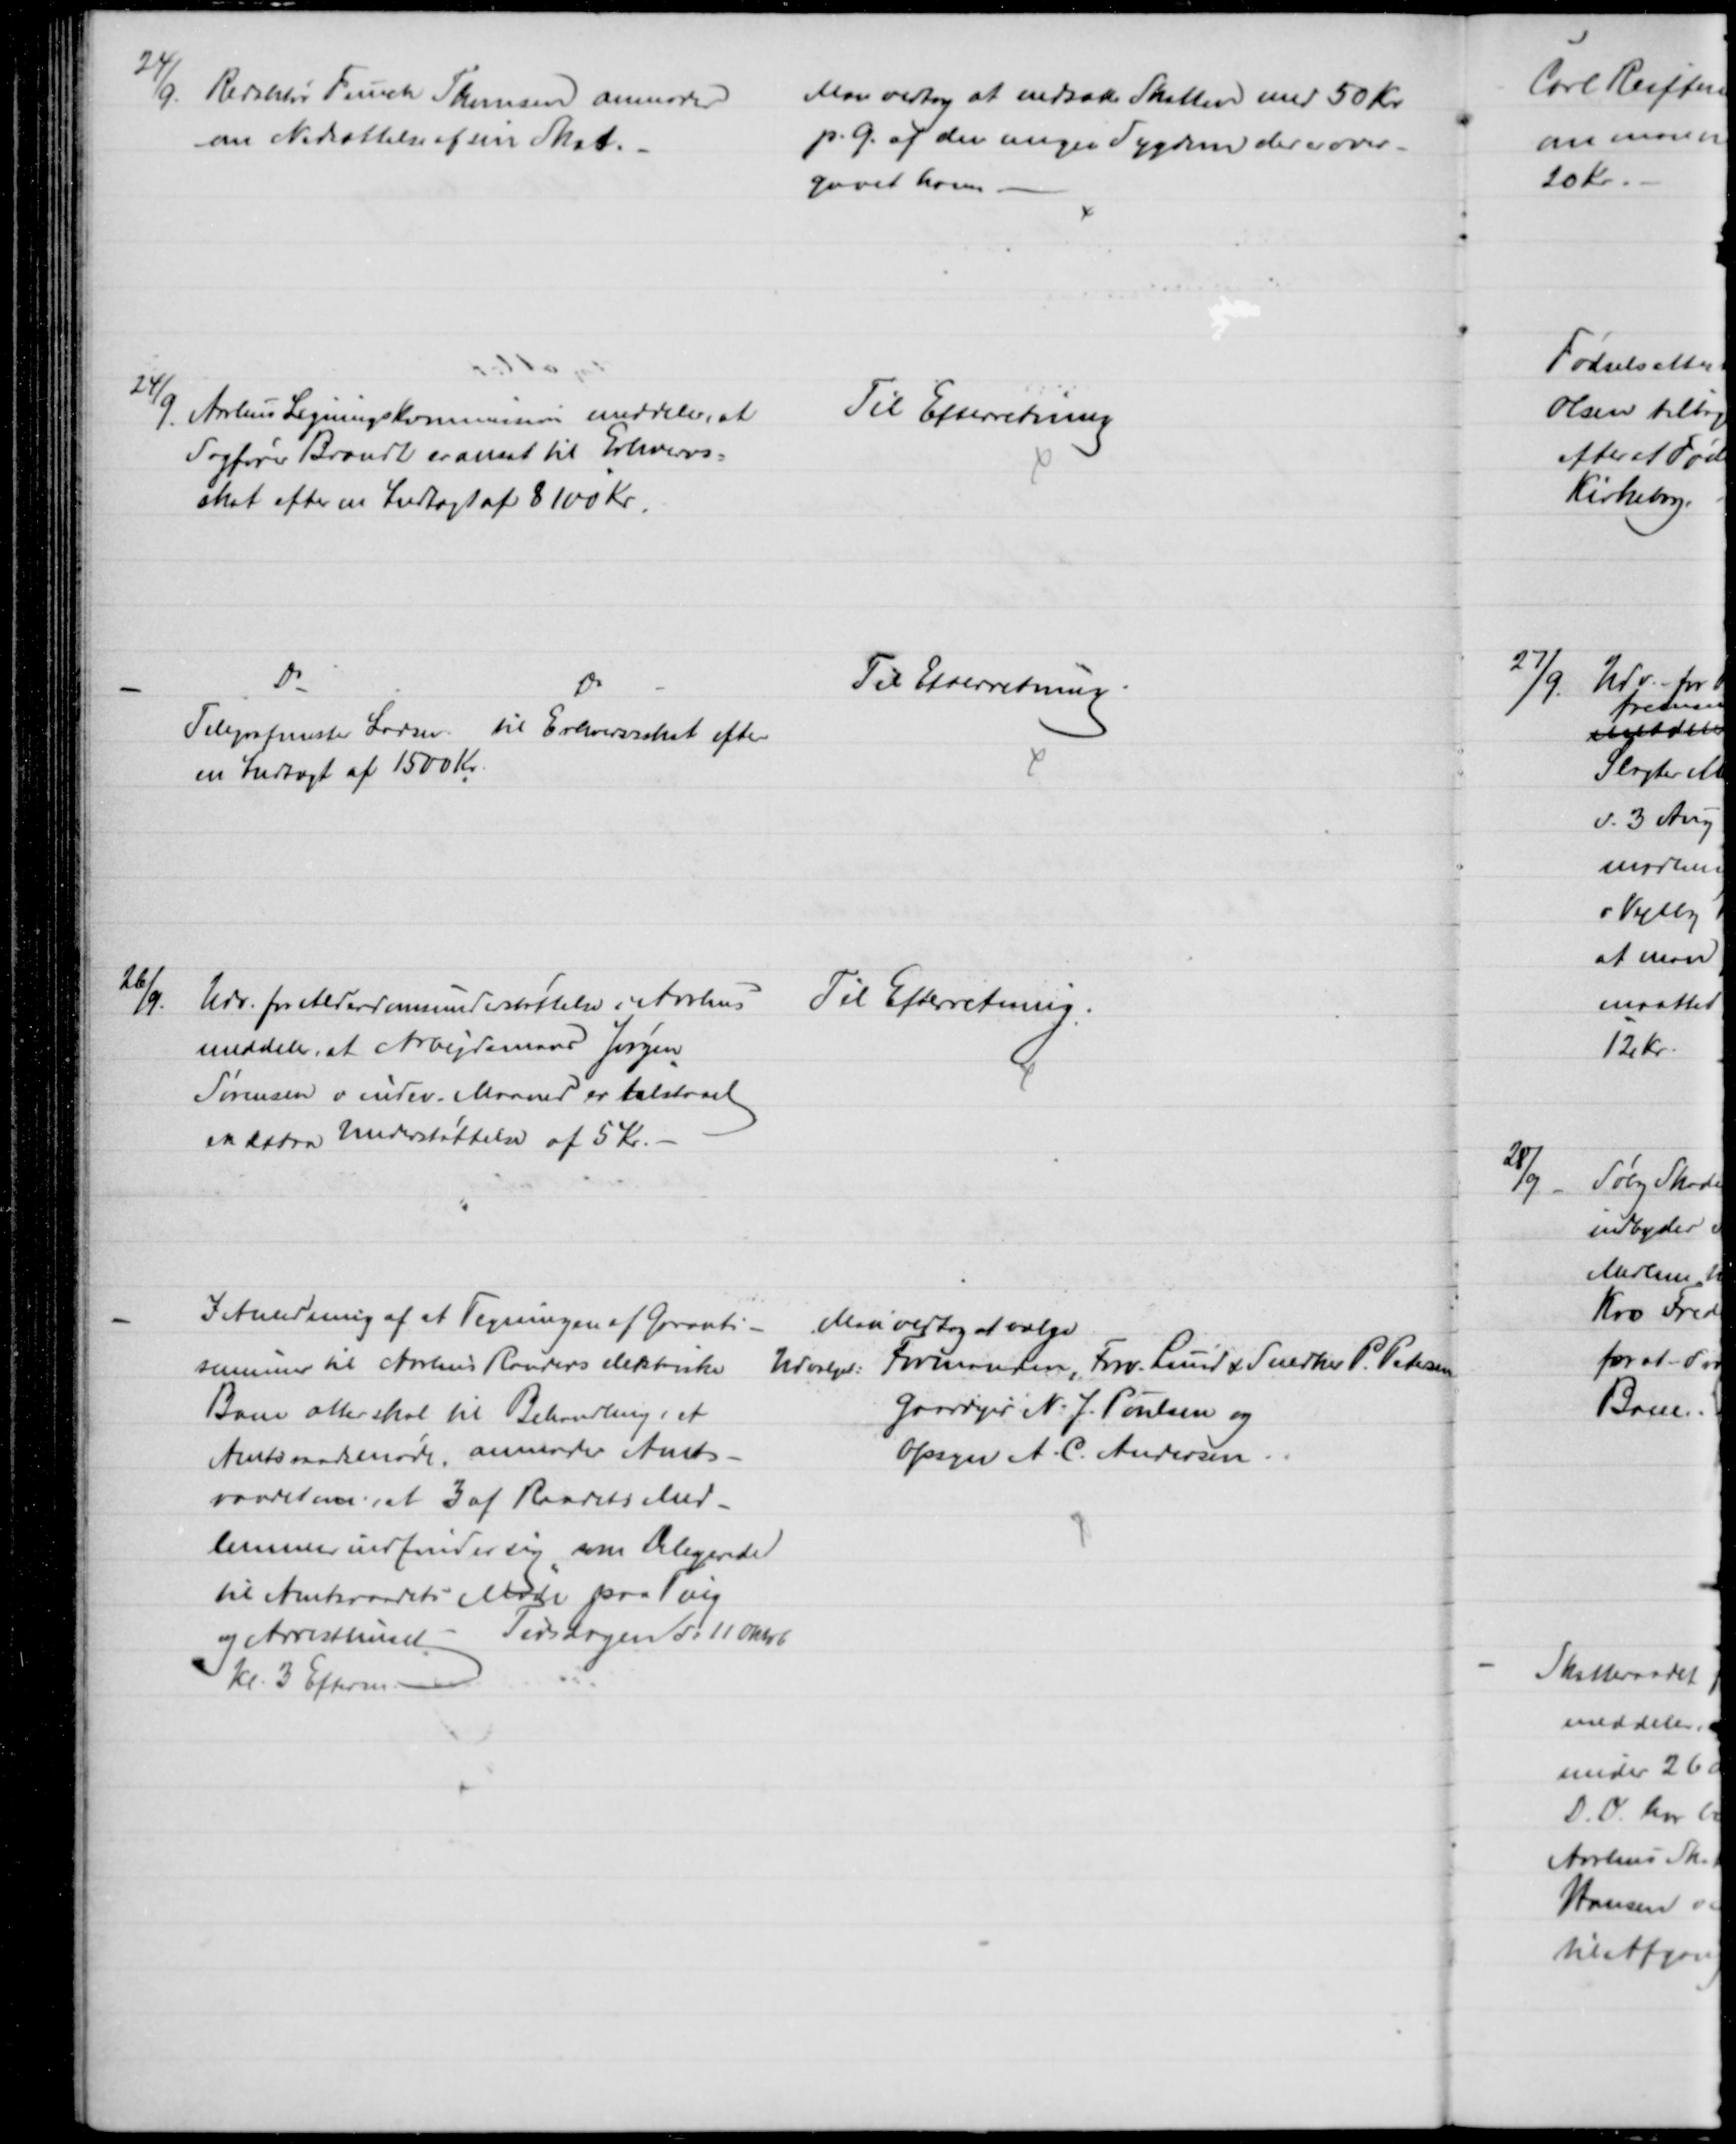
Transskription:
24/9. Redaktør Funch Thomsen anmoder
om Nedsættelse af sin Skat.
Man vedtog at nedsætte Skatten med 50 Kr.
p. G. af den megen Sygdom der er over--
gaaet ham
24/9.
Aarhus Ligningskommission meddeler, at
Sagfører Brandt er ansat til Erhvervs-
skat efter en Indtægt af 8100 Kr.
Til Efterretning
Do
Do
Telegrafmester Larsen til Erhvervsskat efter
en Indtægt af 1500 Kr.
Til Efterretning.
26/9.
Udv. for Alderdomsunderstøttelse i Aarhus
meddeler, at Arbejdsmand Jørgen
Sørensen i indev. Maaned er tilstaaet
en extra Understøttelse af 5 Kr.
Til Efterretning.
I Anledning af et Tegningen af Garanti-
summer til Aarhus Randers elektriske
Bane atter skal til Behandling i et 
Amtsraadsmøde, anmoder Amts-
raadet om at 3 af Raadets Med-
lemmer indfinder sig som Delegerede
til Amtsraadets Møde paa Ting
og Arresthuset - Tirsdagen d: 11 Oktob
Kl. 3 Efterm. 
Man vedtog at vælge
Udvalget: Formanden, Forv. Lund & Snedker P. Petersen
Gaardejer N. J. Poulsen og
Opsyn A. C. Andersen